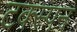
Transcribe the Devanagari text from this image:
टक्स्पन